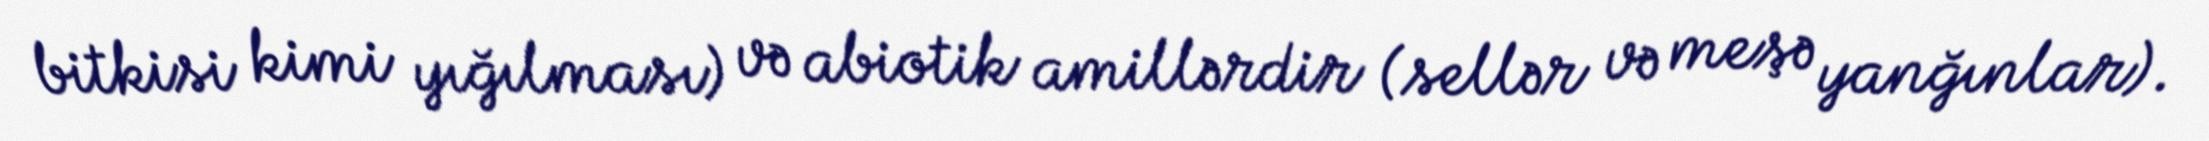
bitkisi kimi yığılması) və abiotik amillərdir (sellər və meşə yanğınlar).